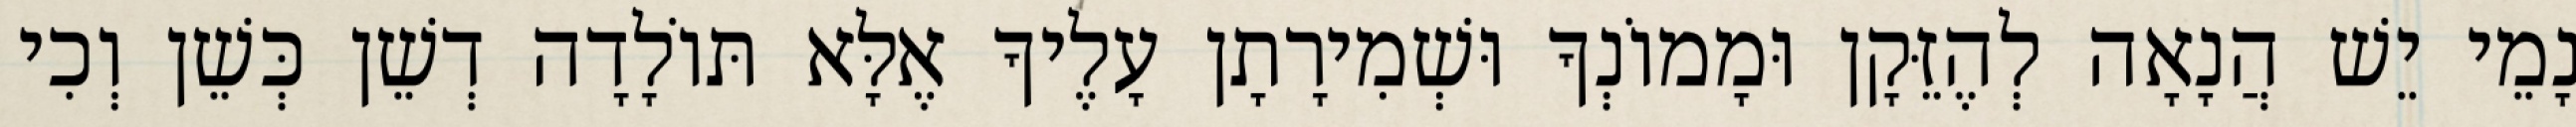
נָמֵי יֵשׁ הֲנָאָה לְהֶזֵּקָן וּמָמוֹנְךָ וּשְׁמִירָתָן עָלֶיךָ אֶלָּא תּוֹלָדָה דְשֵׁן כְּשֵׁן וְכִי